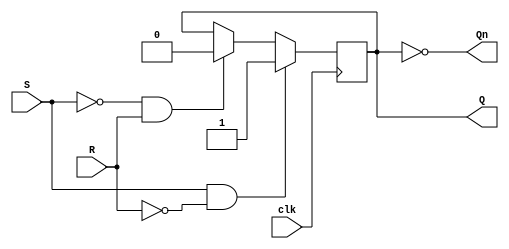
module rs_ff (
  input R, S, clk,
  output Q, Qn
);

  reg next_Q;

  // Combinational logic for next state based on S and R
  always @(S or R) begin
    if (S & ~R) next_Q = 1'b1;
    else if (~S & R) next_Q = 1'b0;
    else next_Q = Q; // Hold (S=R=0 or S=R=1)
  end

  // Sequential logic to update state on clock edge
  always @(posedge clk) begin
    Q <= next_Q;
  end

  assign Qn = ~Q; // Inverted output

endmodule